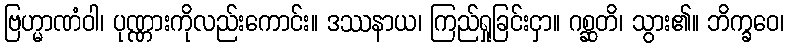
ဗြဟ္မာဏံဝါ၊ ပုဏ္ဏားကိုလည်းကောင်း။ ဒဿနာယ၊ ကြည်ရှုခြင်းငှာ။ ဂစ္ဆတိ၊ သွား၏။ ဘိက္ခဝေ၊